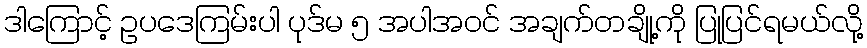
ဒါကြောင့် ဥပဒေကြမ်းပါ ပုဒ်မ ၅ အပါအဝင် အချက်တချို့ကို ပြုပြင်ရမယ်လို့